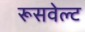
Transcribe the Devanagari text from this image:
रूसवेल्ट